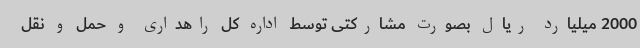
2000 میلیارد ریال بصورت مشارکتی توسط اداره کل راهداری و حمل و نقل